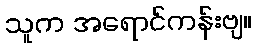
သူက အရောင်ကန်းဗျ။